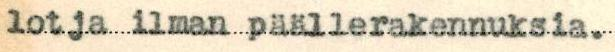
lotja ilman päällerakennuksia.